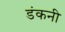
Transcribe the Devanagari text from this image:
डंकनी